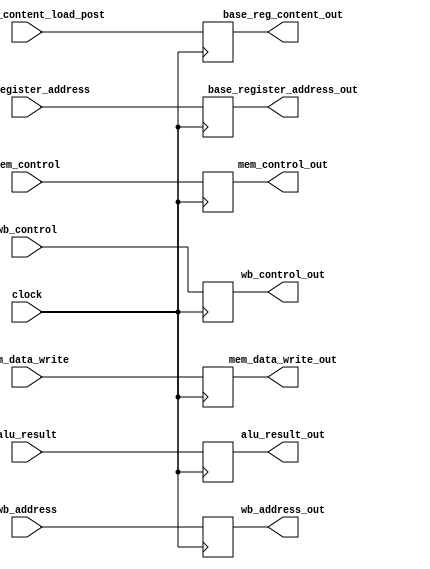
module alu_mem_pipeline_reg(alu_result,base_reg_content_load_post,mem_data_write,wb_address,base_register_address,
  mem_control,wb_control,clock,alu_result_out,base_reg_content_out,mem_data_write_out,wb_address_out,
  base_register_address_out,mem_control_out,wb_control_out);
  
  parameter mem_control_word_width=7;
  parameter wb_control_word_width=2;
  
  input wire [31:0] alu_result,base_reg_content_load_post,mem_data_write;
  input wire [3:0] wb_address,base_register_address;
  input wire [mem_control_word_width-1:0] mem_control;
  input wire [wb_control_word_width-1:0] wb_control;
  input wire clock;
  
  output wire [31:0] alu_result_out,base_reg_content_out,mem_data_write_out;
  output wire [3:0] wb_address_out,base_register_address_out;
  output wire [mem_control_word_width-1:0] mem_control_out;
  output wire [wb_control_word_width-1:0] wb_control_out;
    
  reg [31:0] alu_result_reg,base_reg_content_reg,mem_data_write_reg;
  reg [3:0] wb_address_reg,base_register_address_reg;
  reg [mem_control_word_width-1:0] mem_control_reg;
  reg [wb_control_word_width-1:0] wb_control_reg;
  
  initial
  begin
    alu_result_reg=32'h0;
    base_reg_content_reg=32'h0;
    mem_data_write_reg=32'h0;
    wb_address_reg=4'b0;
    base_register_address_reg=4'b0;
    mem_control_reg=0;
    wb_control_reg=0;    
  end
  
  assign alu_result_out=alu_result_reg,
         base_reg_content_out=base_reg_content_reg,
         mem_data_write_out=mem_data_write_reg,
         wb_address_out=wb_address_reg,
         base_register_address_out=base_register_address_reg,
         mem_control_out=mem_control_reg,
         wb_control_out=wb_control_reg;
  
  always@(posedge clock)
  begin
    alu_result_reg<=alu_result;
    base_reg_content_reg<=base_reg_content_load_post;
    mem_data_write_reg<=mem_data_write;
    wb_address_reg<=wb_address;
    base_register_address_reg<=base_register_address;
    mem_control_reg<=mem_control;
    wb_control_reg<=wb_control;
  end
  
endmodule